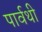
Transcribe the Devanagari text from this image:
पार्वथी